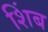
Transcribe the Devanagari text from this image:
शिंब